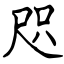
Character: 咫